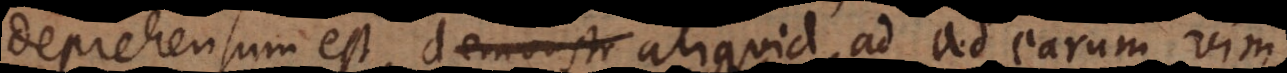
deprehensum est, demonstr aliquid ad earum vim